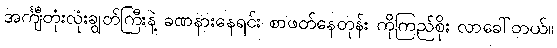
အင်္ကျီတုံးလုံးချွတ်ကြီးနဲ့ ခဏနားနေရင်း စာဖတ်နေတုန်း ကိုကြည်စိုး လာခေါ်တယ်။